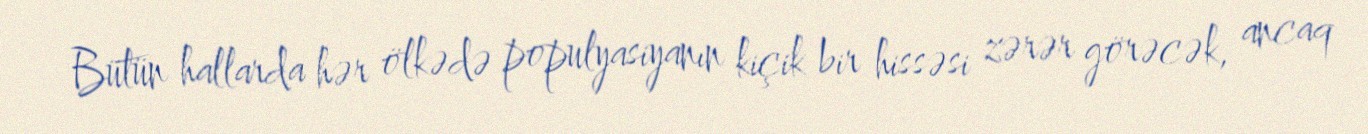
Bütün hallarda hər ölkədə populyasiyanın kiçik bir hissəsi zərər görəcək, ancaq